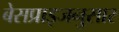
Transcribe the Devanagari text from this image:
बेसप्राइजनुसार